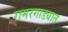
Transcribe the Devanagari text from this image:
रामरगाड्यात